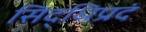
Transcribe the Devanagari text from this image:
सिद्धिप्रदं